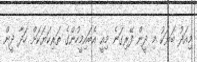
މިއަދު ބަޔަކު މި ދީން ފޭރިގަނެ މިއީ އެބައިމީހުންގެ ތަރިކަޔަކަށް ހަދާ ދީން